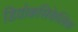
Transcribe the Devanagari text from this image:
डियोकसिकेलिक